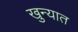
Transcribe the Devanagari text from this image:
खुन्यात